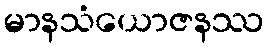
မာနသံယောဇနဿ